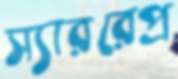
স্যাররেপ্র